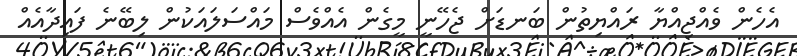
އެހެން ވެއްޖިއްޔާ ރައްޔިތުން ބަނޑަށް ޖެހޭނީ މީގެން އެއްވެސް މައްސަލައަކުން ލިބޭނެ ފައިދާއެއް